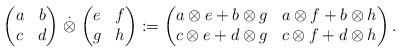
LaTeX: \begin{align*}\begin{pmatrix}a & b\\c & d\end{pmatrix}\stackrel{.}{\otimes}\begin{pmatrix}e & f\\g & h\end{pmatrix}:=\begin{pmatrix}a \otimes e + b \otimes g & a \otimes f + b \otimes h\\c \otimes e + d \otimes g& c \otimes f + d \otimes h\end{pmatrix}.\end{align*}